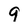
Character: g